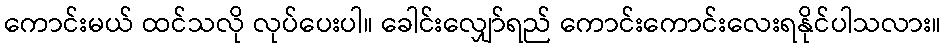
ကောင်းမယ် ထင်သလို လုပ်ပေးပါ။ ခေါင်းလျှော်ရည် ကောင်းကောင်းလေးရနိုင်ပါသလား။